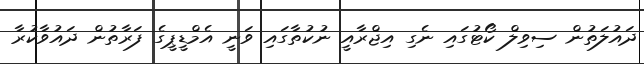
ދައުލަތުން ސިވިލް ކޯޓުގައި ނެގި އިޖްރާއީ ނުކުތާގައި ވަނީ އެމްޑީޕީގެ ފަރާތުން ދައުވާކުރާ